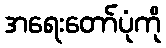
အရေးတော်ပုံကို